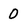
Character: 0